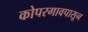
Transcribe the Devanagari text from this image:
कोपरगावपासून